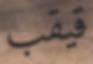
قيقب